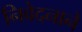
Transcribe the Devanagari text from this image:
निवेदनाने